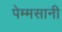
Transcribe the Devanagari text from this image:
पेम्मसानी